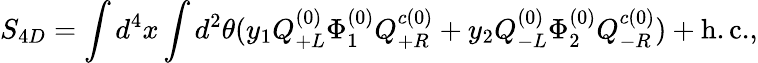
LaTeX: S_{4D}=\int d^{4}x\int d^{2}\theta(y_{1}Q_{+L}^{(0)}\Phi_{1}^{(0)}Q_{+R}^{c(0)}+y_{2}Q_{-L}^{(0)}\Phi_{2}^{(0)}Q_{-R}^{c(0)})+\mathrm{h.c.},